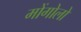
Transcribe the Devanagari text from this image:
मोंगोलो